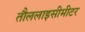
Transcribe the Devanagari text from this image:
तौललाइसीमीटर